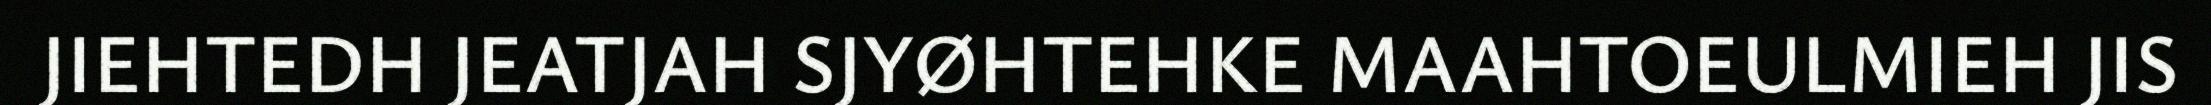
JIEHTEDH JEATJAH SJYØHTEHKE MAAHTOEULMIEH JIS